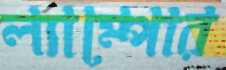
ল্যাম্পোর